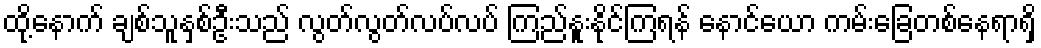
ထို့နောက် ချစ်သူနှစ်ဦးသည် လွတ်လွတ်လပ်လပ် ကြည်နူးနိုင်ကြရန် နောင်ယော ကမ်းခြေတစ်နေရာရှိ